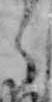
く